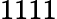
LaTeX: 1111